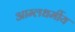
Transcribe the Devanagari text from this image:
आम्लधर्मीय